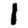
Digit: 1